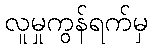
လူမှုကွန်ရက်မှ